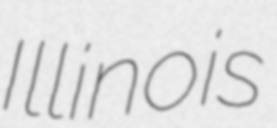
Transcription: Illinois